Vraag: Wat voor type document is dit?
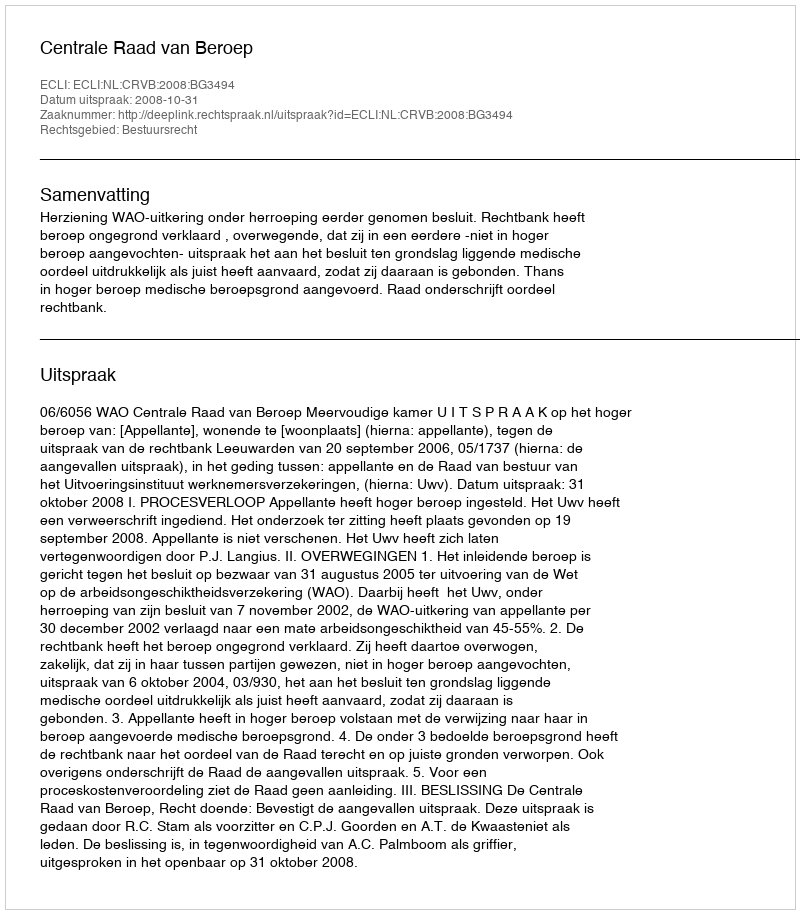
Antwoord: Uitspraak